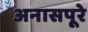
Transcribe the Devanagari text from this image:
अनासपूरे